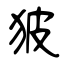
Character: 狓